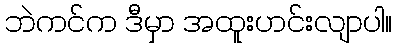
ဘဲကင်က ဒီမှာ အထူးဟင်းလျာပါ။